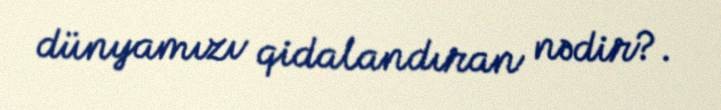
dünyamızı qidalandıran nədir?.